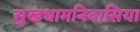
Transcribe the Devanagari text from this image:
सुखधामनिवासिया